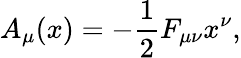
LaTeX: A_{\mu}(x)=-{\frac{1}{2}}F_{\mu\nu}x^{\nu},